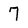
Character: 7